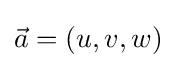
{\vec {a}}=(u,v,w)